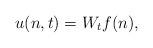
LaTeX: \begin{align*}u(n,t)=W_tf(n),\end{align*}